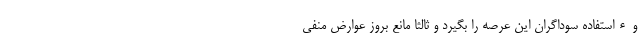
وءاستفاده سوداگران این عرصه را بگیرد و ثالثا مانع بروز عوارض منفی